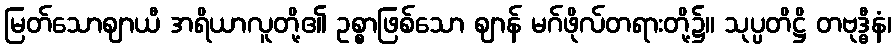
မြတ်သောဈာယီ အရိယာလူတို့၏ ဥစ္စာဖြစ်သော ဈာန် မဂ်ဖိုလ်တရားတို့၌။ သုပ္ပတိဋ္ဌိ တဗုဒ္ဓီနံ၊